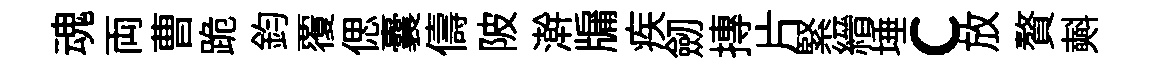
魂両曹跪鈞覆偲囊儔陂澣牖疾劒摶片緊縉埵c放贅𣂏